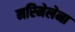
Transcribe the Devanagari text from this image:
मरिमेलेना